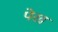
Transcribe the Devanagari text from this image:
पेख